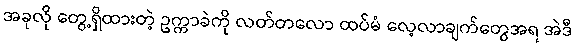
အခုလို တွေ့ရှိထားတဲ့ ဥက္ကာခဲကို လတ်တလော ထပ်မံ လေ့လာချက်တွေအရ အဲဒီ